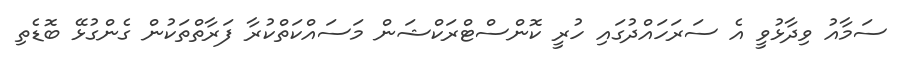
ސަމާއު ވިދާޅުވީ އެ ސަރަހައްދުގައި ހުރީ ކޮންސްޓްރަކްޝަން މަސައްކަތްކުރާ ފަރާތްތަކުން ގެންގުޅޭ ބޮޑެތި